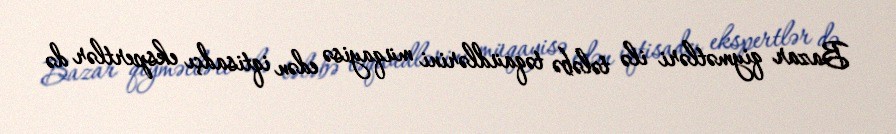
Bazar qiymətləri ilə tələbə təqaüdlərini müqayisə edən iqtisadçı ekspertlər də